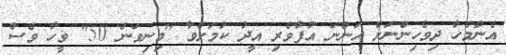
އެންމެހާ ދިވެހިންނަށް އަންނަ އުފާވެރި އީދު ކަމަށްވާ "މިނިވަން 50" ވީހާ ވެސް